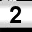
Digit: 2